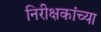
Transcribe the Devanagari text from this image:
निरीक्षकांच्या